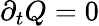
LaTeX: \partial_{t}{Q}=0